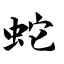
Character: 蛇